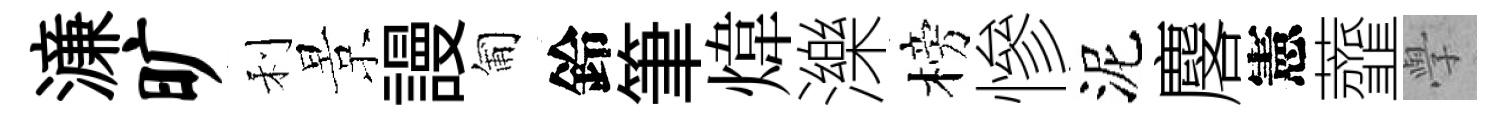
濓旷利景謾匍鈴筆煒濼榜慘泥麐憲虀𭓕